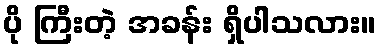
ပို ကြီးတဲ့ အခန်း ရှိပါသလား။